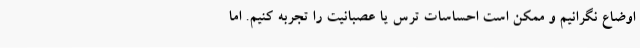
اوضاع نگرانیم و ممکن است احساسات ترس یا عصبانیت را تجربه کنیم. اما